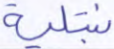
نبتليه